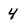
Character: 4